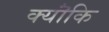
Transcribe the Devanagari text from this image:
क्यॊंकि